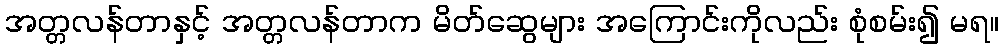
အတ္တလန်တာနှင့် အတ္တလန်တာက မိတ်ဆွေများ အကြောင်းကိုလည်း စုံစမ်း၍ မရ။